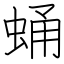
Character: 蛹